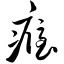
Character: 瘾